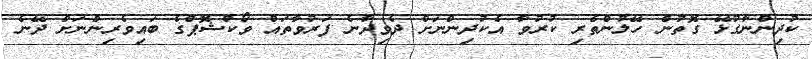
ކުދިންނާގުޅޭ ގޮތުން ހޭލުންތެރި ކުރުވާ އެކުދިންނަށް ދެވިދާނެ ފަރުވާތައް ވޯކްޝޮޕްގެ ބައިވެރިންނަށް ދޭނެ